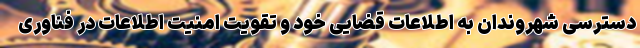
دسترسی شهروندان به اطلاعات قضایی خود و تقویت امنیت اطلاعات در فناوری